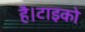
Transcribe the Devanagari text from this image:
है।टाइको